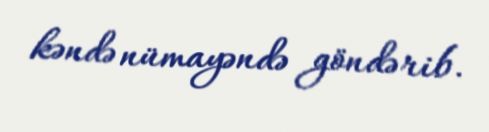
kəndə nümayəndə göndərib.